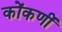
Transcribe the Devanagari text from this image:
कोंकणीं